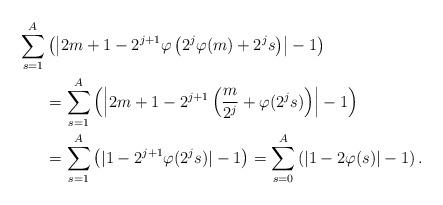
LaTeX: \begin{align*}\sum_{s=1}^{A}&\left(\left|2m+1-2^{j+1}\varphi\left(2^j\varphi(m)+2^js\right)\right|-1\right) \\ &=\sum_{s=1}^{A}\left(\left|2m+1-2^{j+1}\left(\frac{m}{2^j}+\varphi(2^js)\right)\right|-1\right) \\ &=\sum_{s=1}^{A}\left(|1-2^{j+1}\varphi(2^js)|-1\right)=\sum_{s=0}^{A}\left(|1-2\varphi(s)|-1\right). \end{align*}